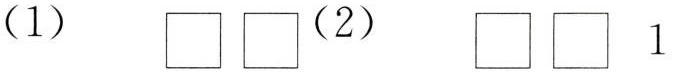
(1) \Box \Box (2) \Box \Box 1